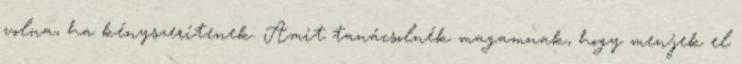
volna, ha kényszerítenek. Amit tanácsolnék magamnak, hogy menjek el